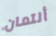
ألتمان